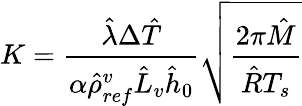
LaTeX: K=\frac{\hat{\lambda}\Delta\hat{T}}{\alpha\hat{\rho}_{ref}^{v}\hat{L}_{v}\hat{h}_{0}}\sqrt{\frac{2\pi\hat{M}}{\hat{R}T_{s}}}